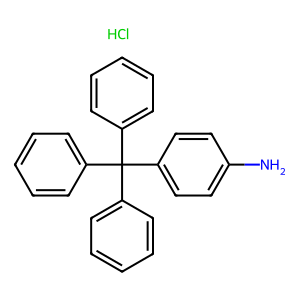
SMILES: Cl.Nc1ccc(C(c2ccccc2)(c2ccccc2)c2ccccc2)cc1
Inhibits HIV replication: No